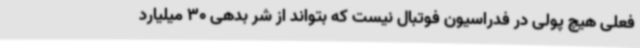
فعلی هیچ پولی در فدراسیون فوتبال نیست که بتواند از شر بدهی 30 میلیارد